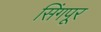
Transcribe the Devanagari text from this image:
सिंगपूर